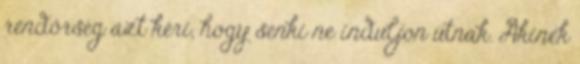
rendőrség azt kéri, hogy senki ne induljon útnak. Akinek